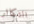
التكاثر